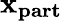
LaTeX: \mathbf{x_{part}}